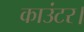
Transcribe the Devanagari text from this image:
काउंटर।